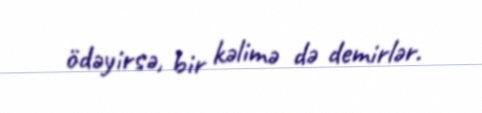
ödəyirsə, bir kəlimə də demirlər.